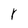
Character: r